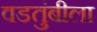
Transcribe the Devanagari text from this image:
वडतुंबीला